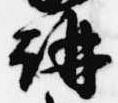
講